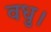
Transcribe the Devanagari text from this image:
वधु।